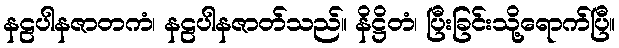
နဠပါနဇာတကံ၊ နဠပါနဇာတ်သည်။ နိဋ္ဌိတံ၊ ပြီးခြင်းသို့ရောက်ပြီ။